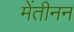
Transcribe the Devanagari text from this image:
मेंतीनन